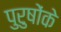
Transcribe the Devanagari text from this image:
पुरुषोंके